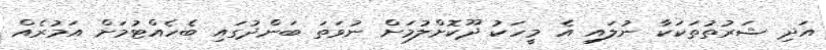
އަދި ޝަރުތުތަކަކާ ނުލައި އެ މީހަކު ދޫކޮށްލުމަށް ނުވަތަ ބަންދުގައި ބެހެއްޓުމަށް އަމުރެއް